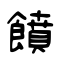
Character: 饙